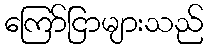
ကြော်ငြာများသည်